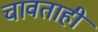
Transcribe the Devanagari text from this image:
चावताही